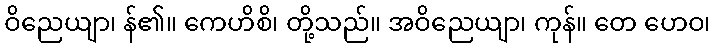
ဝိညေယျာ၊ န်၏။ ကေဟိစိ၊ တို့သည်။ အဝိညေယျာ၊ ကုန်။ တေ ဟေဝ၊